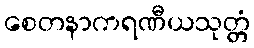
စေတနာကရဏီယသုတ္တံ